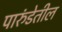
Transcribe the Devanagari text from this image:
पारुंडेतील